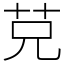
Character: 𦬺